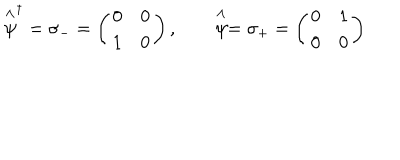
LaTeX: \stackrel { \wedge } { \psi } ^ { \dagger } = \sigma _ { - } = \left( \begin{array} { c c } { { 0 } } & { { 0 } } \\ { { 1 } } & { { 0 } } \\ \end{array} \right) , \qquad \stackrel { \wedge } { \psi } = \sigma _ { + } = \left( \begin{array} { c c } { { 0 } } & { { 1 } } \\ { { 0 } } & { { 0 } } \\ \end{array} \right)